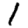
Digit: 1